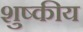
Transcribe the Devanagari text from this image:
शुष्कीय